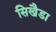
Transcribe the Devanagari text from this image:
सिखैडा